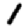
Digit: 1